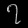
Digit: ၇